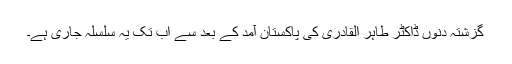
گزشتہ دنوں ڈاکٹر طاہر القادری کی پاکستان آمد کے بعد سے اب تک یہ سلسلہ جاری ہے۔